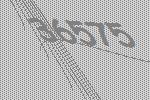
36575